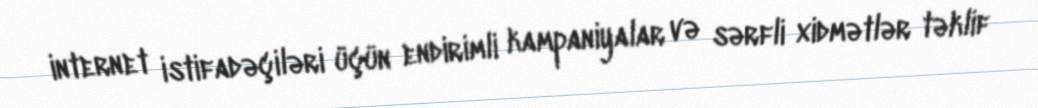
internet istifadəçiləri üçün endirimli kampaniyalar və sərfli xidmətlər təklif